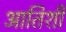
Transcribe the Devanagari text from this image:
आतिशी